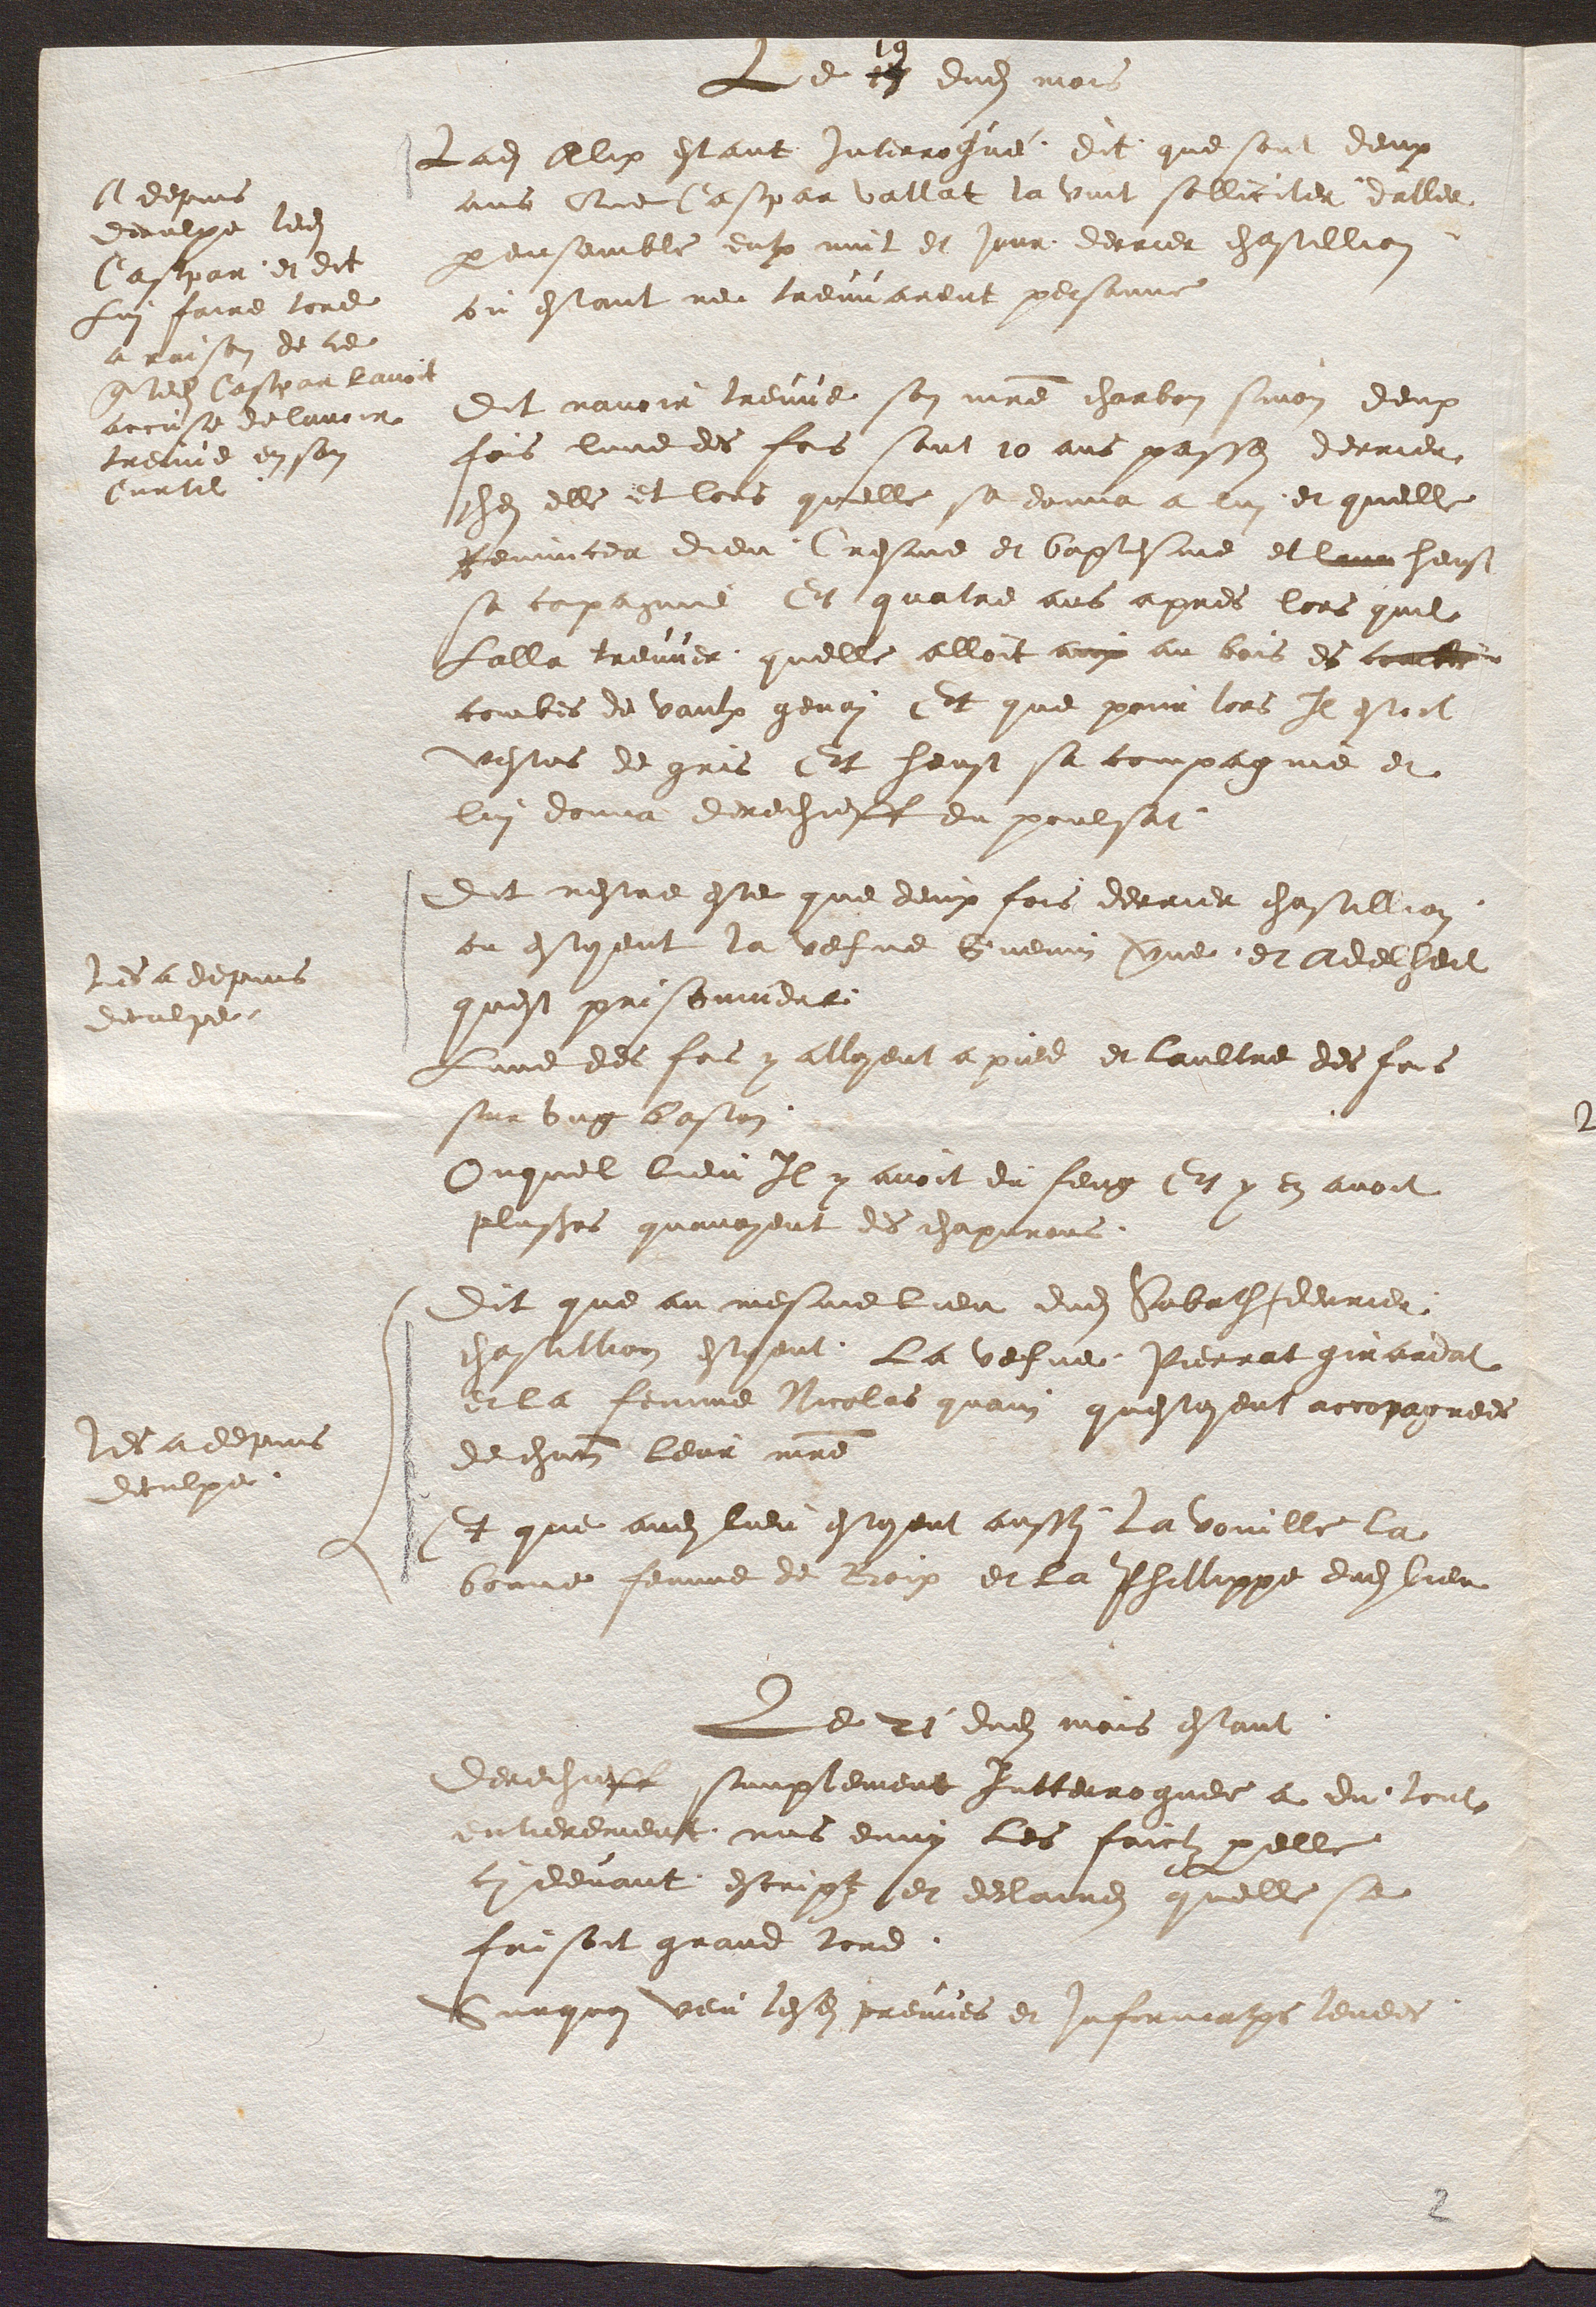
A depuis
deculpe ledit
Caspar et dit
Lui faire tord
a raison de ce
que ledit Caspar lavoit
accuse de lavoir
treuve en son
curtil.
les a depuis
deculpe.
les a depuis
deculpe.

Le 19 19 dudit mois
Ladite Alix estant interrogué dit que sont deux
ans Que Caspar vallat la vint solliciter daller
par ensemble entre nuit et jour derrier chastillion
ou estant ne treuvarent personne
Dit navoir treuver son maitre charbon sinon deux
fois lune des fois sont 10 ans passes derrier
ches elle et lors quelle se donna a lui et quelle
Renuncea dieu, Cresme et baptesme et leur heust
sa compagnie Et quatre ans apres lors quil
Lalla treuver quelle alloit aux au bois es combe
combes de vaulx genai Et que pour lors Il estoit
vestus de gris Et heust sa compagnie et
lui donna derechieff du poulsat
Dit nestre este que deux fois derrier chastillion
ou estoient la vefve Guenin verne et Adelheit
quest prisonniere
Lune des fois y alloyent a pied et laultre des fois
sur ung baston
Ouquel lieu Il y avoit du feug Et y en avoit
plusieurs quavoyent des chaperons.
Dit que au mesme lieu dudit Sabath derrier
chastillion estoyent la vefve Pierrat girardat
et la femme Nicolas quain questoyent accopagnees
de chacun leur maitre
Et que audit lieu estoyent aussi la vouille la
bonne femme de Boix et la Phillippe dudit lieu
Le 21 dudit mois estant
derechieff simplement Intterroguee a dit tout
entierement mis duny les faictz par elle
cy devant escriptz et declaires quelle se
faisoit grand tord.
Surquoi veu lesdites preuves et informations levees